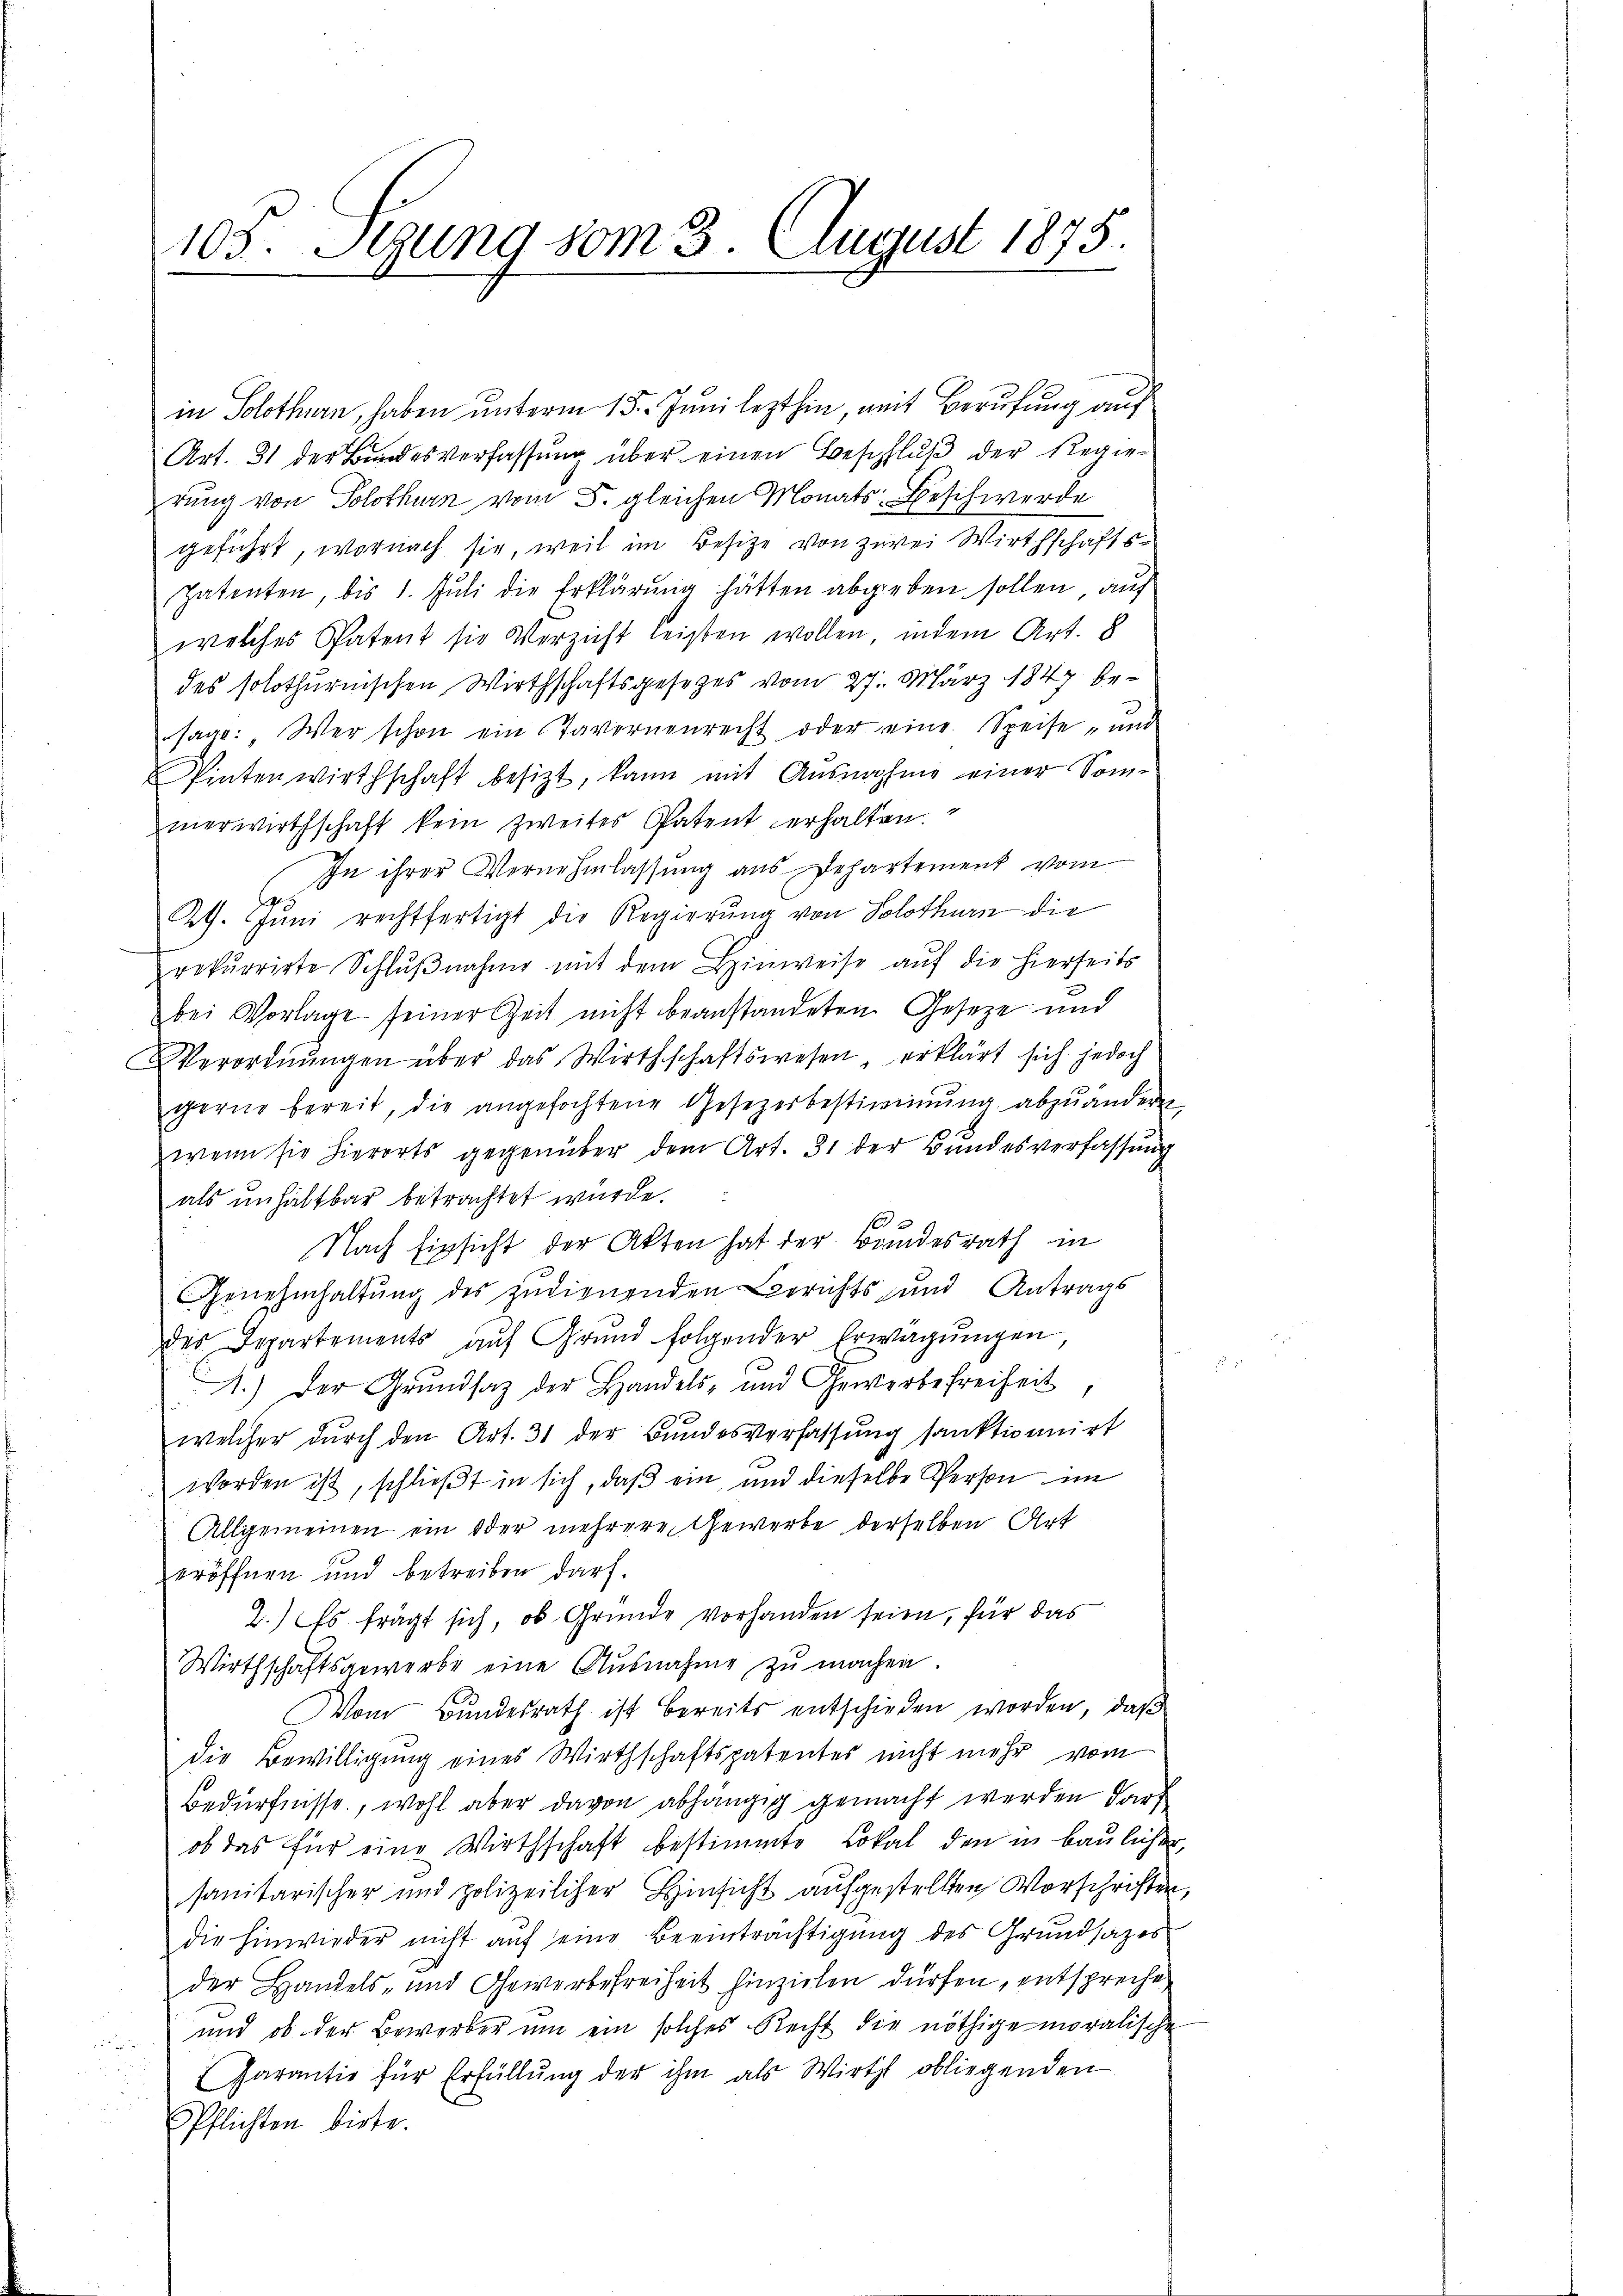
105. Setzung vom 3. August 1875.

in Solothurn, haben unterm 15. Juni lezthin, mit Berufung auf
Art. 31 der Bundesverfassung über einen Beschluß der Regier
rung von Solothurn vom 5. gleichen Monats Beschwerde
geführt, wornach sie, weil im Besitze von zwei Wirthschafts¬
Patenten, bis 1. Juli die Erklärung hätten abgeben sollen, auf
welches Patent sie Verzicht leisten wollen, indem Art. 8
des solothurnischen Wirthschaftsgesetzes vom 27. März 1847 besage: „Wer schon ein Tavernenrecht oder eine Speise - und
Pintenwirthschaft besizt, kann mit Ausnahme einer Sommerwirthschaft kein zweites Patent erhalten.
In ihrer Vernehmlassung aus Dehartement vom
G
Ath. Juni rechtfertigt die Regierung von Solothurn die
rekurrirte Schlŭβnahme mit dem Hinweise auf die hierseits
bei Vorlage seiner Zeit nicht beanstandeten Geseze und
Verordnŭngen über das Wirthschaftswesen, erklärt sich jedoch
gerne bereit, die angefochtene Gesetzesbestimmung abzuändern
wenn sie hierorts gegenüber dem Art. 31 der Bundesverfassung
als unhaltbar betrachtet wurde.
Nach Einsicht der Akten hat der Bundesrath in
Genehmhaltung des zudienenden Berichts und Antrags
des Departements auf Grund folgender Erwägŭngen
1.) Der Grŭndsaz der Handels- und Gewerbefreiheit,
welcher durch den Art. 31 der Bundesverfassung sanktionnirt
worden ist, schlieβt in sich, daß ein und dieselbe Person im
Allgemeinen ein oder mehrere Gewerbe derselben Art
eröffnen und betreiben darf.
2.) Es frägt sich, ob Gründe vorhanden seien, für das
Wirthschaftsgewerbe eine Ausnahme zŭ machen.
Vom Bundesrath ist bereits entschieden worden, daß
die Bewilligung eines Wirthschaftspatentes nicht mehr vom
Bedürfnisse, wohl aber davon abhängig gemacht werden darf
ob das für eine Wirthschaft bestimmte Lokal den in baulicher,
sanitarischer und polizeilicher Hinsicht aufgestellten Vorschriften,
die hinwieder nicht aŭf eine Beeinträchtigung des Grundsatzes
der Handels- und Gewerbefreiheit hinzielen dürfen, entsprecht
und ob der Bewerber um ein solches Recht die nöthige moralische
Parantie für Erfüllung der ihm als Wirth obliegenden
Pflichten birte.